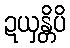
ဍယှန္တိပိ